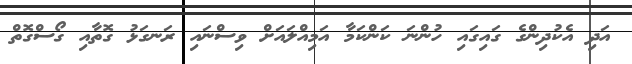
އަދި އެކުދިންގެ ގައިގައި ހުންނަ ކަންކަމާ އަމިއްލައަށް ވިސްނައި ރަނގަޅު ގޮތާއި ގޯސްގޮތް